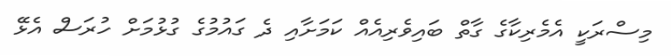
މިސްރަކީ އެމެރިކާގެ ގާތް ބައިވެރިއެއް ކަމަށާއި ދެ ގައުމުގެ ގުޅުމަށް ހުރަސް އެޅޭ